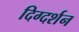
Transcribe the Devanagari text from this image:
दिग्‍दर्शन